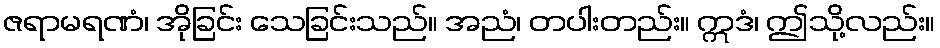
ဇရာမရဏံ၊ အိုခြင်း သေခြင်းသည်။ အညံ၊ တပါးတည်း။ ဣဒံ၊ ဤသို့လည်း။